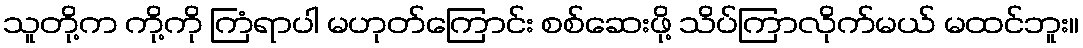
သူတို့က ကို့ကို ကြံရာပါ မဟုတ်ကြောင်း စစ်ဆေးဖို့ သိပ်ကြာလိုက်မယ် မထင်ဘူး။